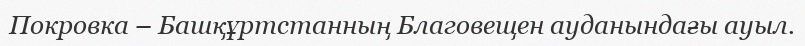
Покровка – Башқұртстанның Благовещен ауданындағы ауыл.